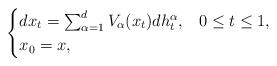
LaTeX: \begin{align*}\begin{cases}dx_{t}=\sum_{\alpha=1}^{d}V_{\alpha}(x_{t})dh_{t}^{\alpha}, & 0\leq t\leq1,\\x_{0}=x,\end{cases}\end{align*}